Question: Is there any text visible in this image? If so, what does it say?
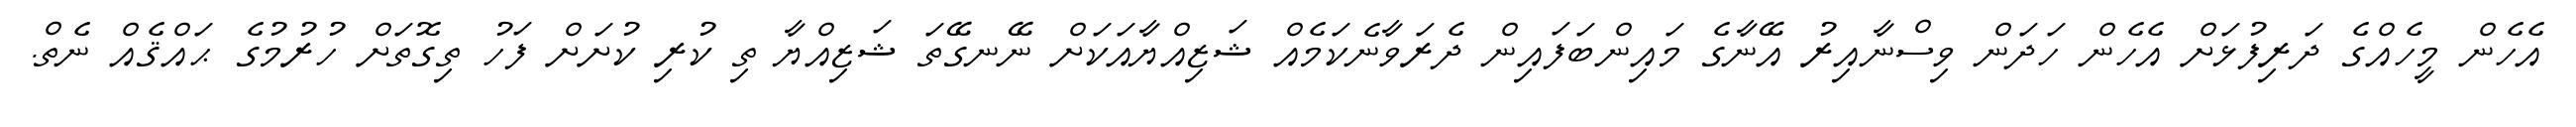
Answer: އެހެން މީހެއްގެ ދަރިފުޅަށް އެހެން ހަދަން ވިސްނާއިރު އޭނާގެ މައިންބަފައިން ދެރަވާނެކަމެއް ޝަޒިއްޔާއަކަށް ނޭނގޭތަ ޝަޒިއްޔާ ތި ކުރި ކުށަށް ފަހު ތިގޮތަށް ހުރުމުގެ ޙައްޤެއް ނެތް.